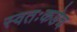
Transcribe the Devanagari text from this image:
स्वतःकडेच